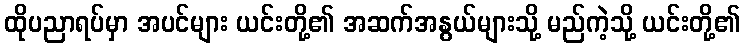
ထိုပညာရပ်မှာ အပင်များ ယင်းတို့၏ အဆက်အနွယ်များသို့ မည်ကဲ့သို့ ယင်းတို့၏